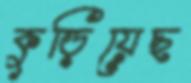
কুড়িয়েছ